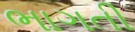
ભાગતી